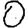
Digit: 0